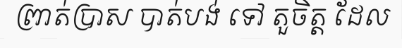
ព្រាត់ប្រាស បាត់បង់ ទៅ តួចិត្ត ដែល